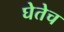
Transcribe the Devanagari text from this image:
घेतेच